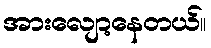
အားလျော့နေတယ်။